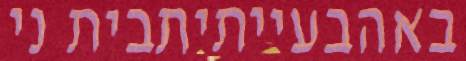
באהבעייתיתבית ני